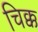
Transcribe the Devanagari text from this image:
चिक्क